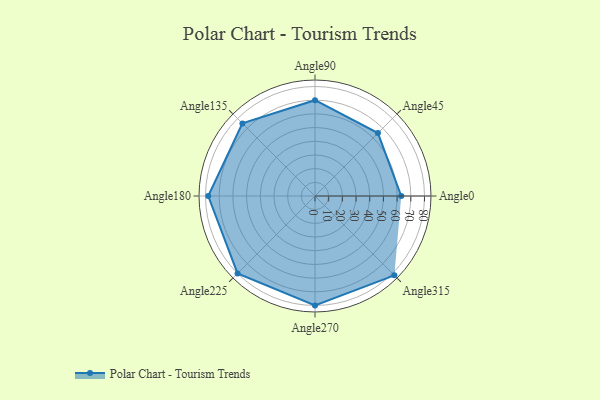
{"axis": {"x": "Angle", "y": "Radius"}, "legend": [""], "data": [{"x": "Angle0", "y": 63.0, "type": ""}, {"x": "Angle45", "y": 65.0, "type": ""}, {"x": "Angle90", "y": 70.0, "type": ""}, {"x": "Angle135", "y": 75.0, "type": ""}, {"x": "Angle180", "y": 78.0, "type": ""}, {"x": "Angle225", "y": 80.0, "type": ""}, {"x": "Angle270", "y": 80.0, "type": ""}, {"x": "Angle315", "y": 82.0, "type": ""}]}